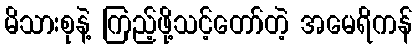
မိသားစုနဲ့ ကြည့်ဖို့သင့်တော်တဲ့ အမေရိကန်